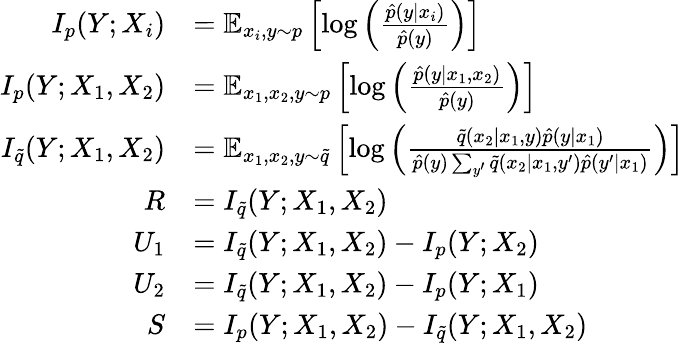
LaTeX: \begin{array}{rl}{I_{p}(Y;X_{i})}&{=\mathop{\mathbb{E}}_{x_{i},y\sim p}\left[\log\left(\frac{\hat{p}(y|x_{i})}{\hat{p}(y)}\right)\right]}\\ {I_{p}(Y;X_{1},X_{2})}&{=\mathop{\mathbb{E}}_{x_{1},x_{2},y\sim p}\left[\log\left(\frac{\hat{p}(y|x_{1},x_{2})}{\hat{p}(y)}\right)\right]}\\ {I_{\tilde{q}}(Y;X_{1},X_{2})}&{=\mathop{\mathbb{E}}_{x_{1},x_{2},y\sim\tilde{q}}\left[\log\left(\frac{\tilde{q}(x_{2}|x_{1},y)\hat{p}(y|x_{1})}{\hat{p}(y)\sum_{y^{\prime}}\tilde{q}(x_{2}|x_{1},y^{\prime})\hat{p}(y^{\prime}|x_{1})}\right)\right]}\\ {R}&{=I_{\tilde{q}}(Y;X_{1},X_{2})}\\ {U_{1}}&{=I_{\tilde{q}}(Y;X_{1},X_{2})-I_{p}(Y;X_{2})}\\ {U_{2}}&{=I_{\tilde{q}}(Y;X_{1},X_{2})-I_{p}(Y;X_{1})}\\ {S}&{=I_{p}(Y;X_{1},X_{2})-I_{\tilde{q}}(Y;X_{1},X_{2})}\end{array}